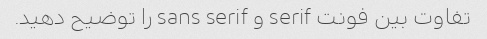
تفاوت بین فونت serif و sans serif را توضیح دهید.